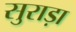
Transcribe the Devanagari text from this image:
सुराड़ा